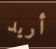
أريد